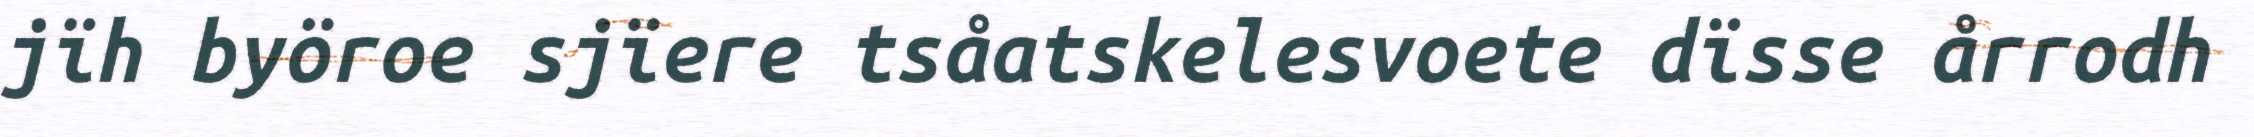
jïh byöroe sjïere tsåatskelesvoete dïsse årrodh